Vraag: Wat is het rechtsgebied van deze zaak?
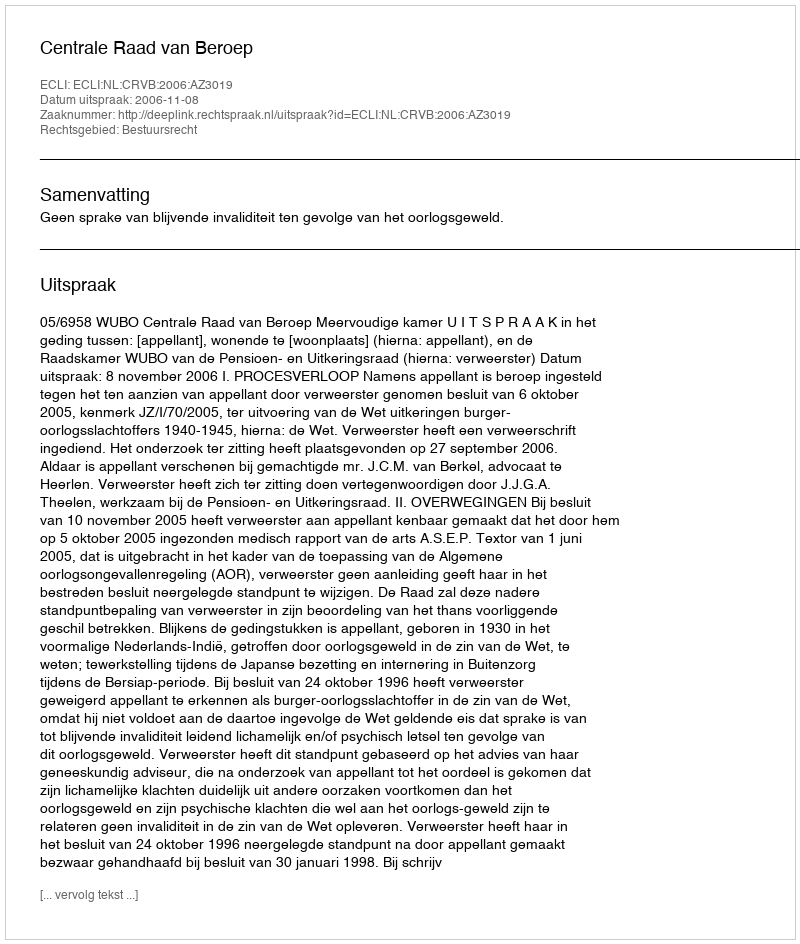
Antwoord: Bestuursrecht